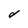
Character: d